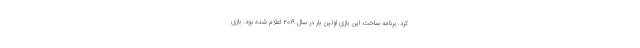
کرد. برنامه‌ ساخت این بازی اولین بار در سال ۲۰۱۹ اعلام شده بود. بازی